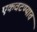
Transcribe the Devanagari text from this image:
एकवटण्यात